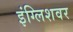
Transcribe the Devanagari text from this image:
इंग्लिशवर